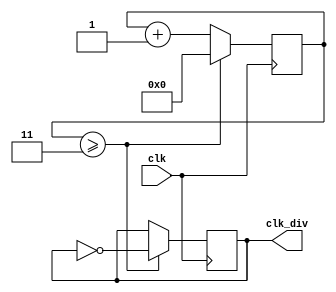
`timescale 1ns / 1ps
module clk_divider(
input clk,
output clk_div
);
reg [3:0]count=4'd0;
parameter limit=4'd4;
reg out=0;
assign clk_div=out;
always @(posedge clk)
begin
if (count>=(limit-1))
begin
count<=4'd0;
out<= ~out;
end
else
count <= count+4'd1;
end
endmodule